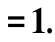
$=1.$